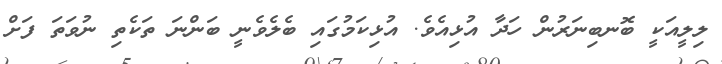
ލިލީއަކީ ބޮނބިނަރުން ހަދާ އުޅިއެވެ. އުޅިކަމުގައި ބެލެވެނީ ބަންނަ ތަކެތި ނުވަތަ ފަށް